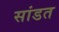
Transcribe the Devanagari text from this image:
सांडत